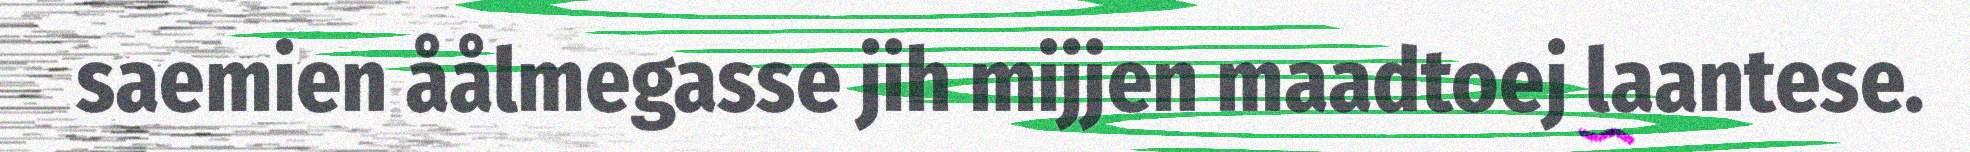
saemien åålmegasse jih mijjen maadtoej laantese.